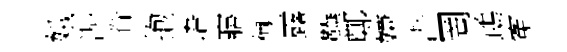
娥况眷抱语寤慚露鞾鄭嫌潜罔鵡寃